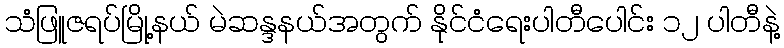
သံဖြူဇရပ်မြို့နယ် မဲဆန္ဒနယ်အတွက် နိုင်ငံရေးပါတီပေါင်း ၁၂ ပါတီနဲ့